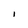
Character: l